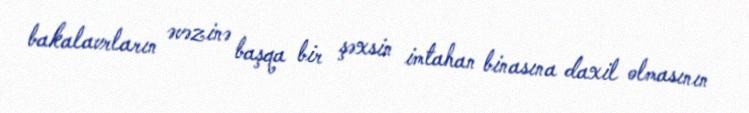
bakalavrların əvəzinə başqa bir şəxsin imtahan binasına daxil olmasının